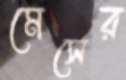
মেসের